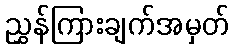
ညွှန်ကြားချက်အမှတ်